Kiideva_(Sinalepa)_vallavalitsus, lk 25
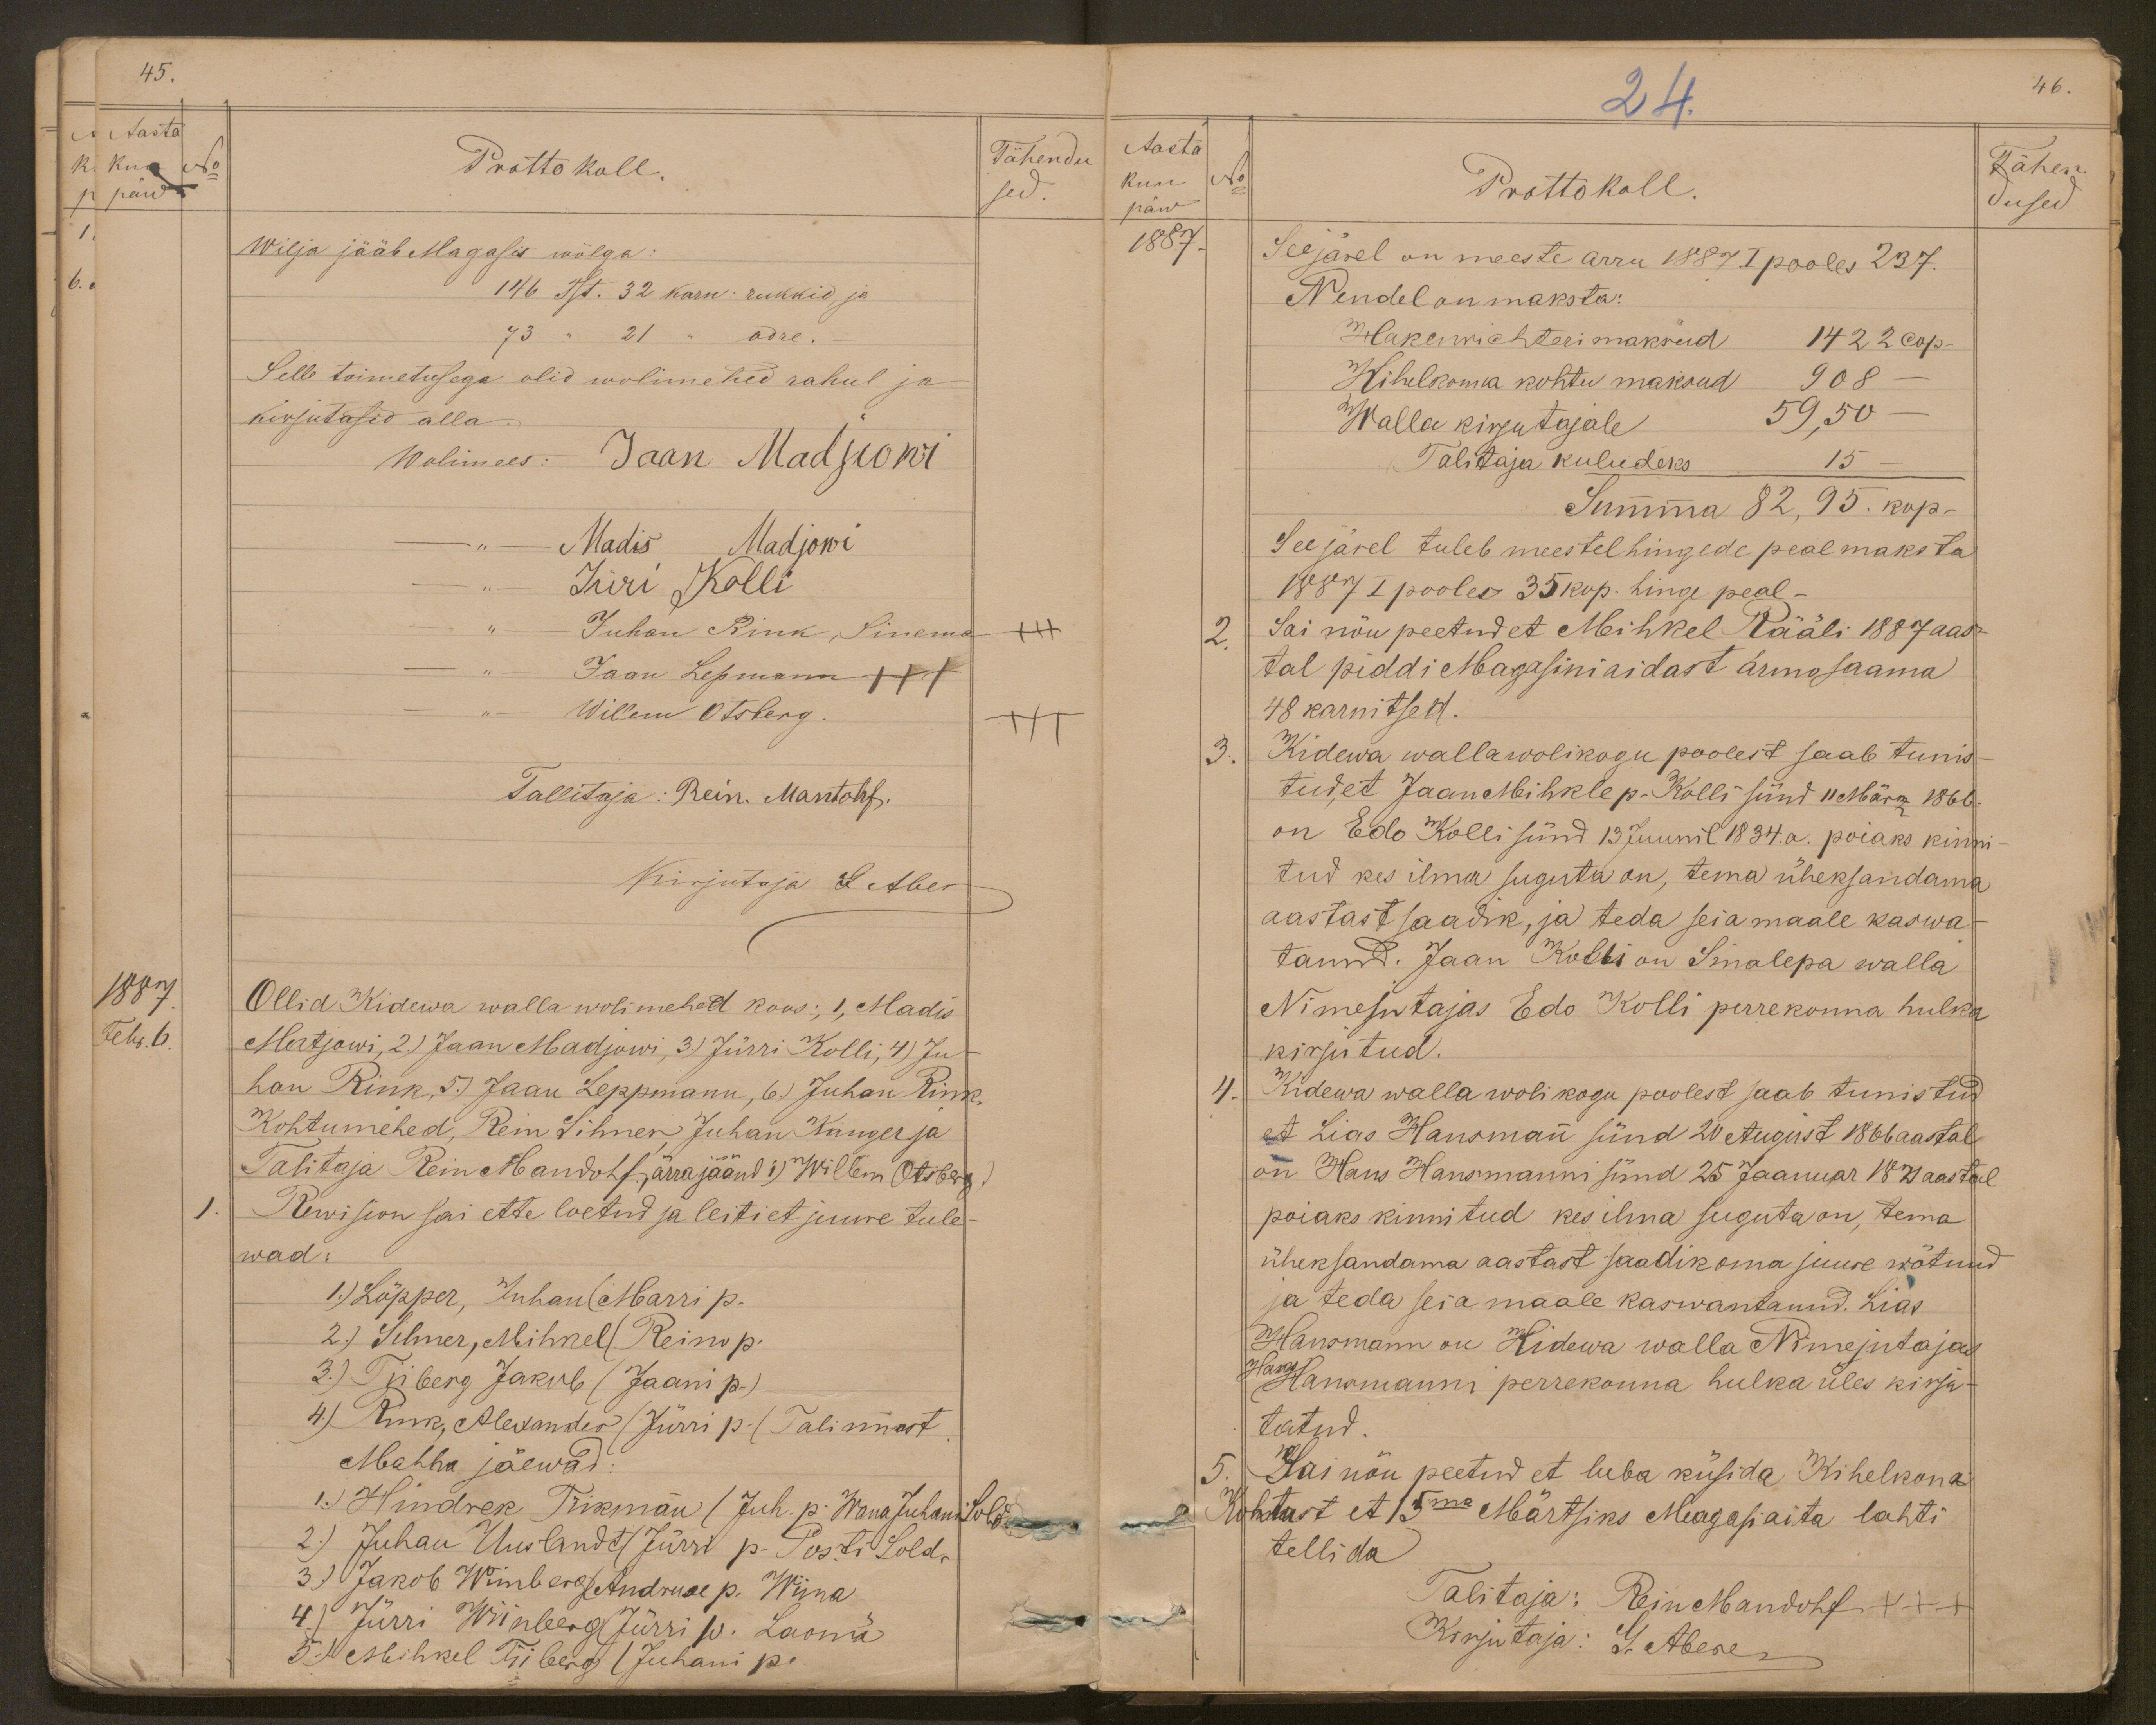
45.
Aasta
kuu
No
Tähendu
päew
Prottokoll.
sed.
Wilja jääb Magasis wõlga:
146 Tst. 32 karn: rukkid, ja
73 " 21 " odre.
Selle toimetusega olid wolimehed rahul ja
kirjutasid alla
Wolimees: Jaan Madjowi
Madis Madjowi
Jüri Kolli
Juhan Rink, Sinema
XXX
Jaan Lepmann XXX
Willem Otsberg.
+++
Tallitaja: Rein. Mantohf.
Kirjutaja G Aber
1887
Ollid Kidewa walla wolimehed koos:, 1, Madis
Febr. 6.
Matjowi, 2) Jaan Madjowi, 3) Jürri Kolli, 4) Ju-
han Rink, 5.) Jaan Leppmann, 6) Juhan Rink
Kohtumehed, Rein Silmer, Juhan Kanger ja
Talitaja Rein Mandohf, ärra jäänd 1) Willem Otsberg
Rewision sai ette loetud ja leiti et juure tule-
wad:
1.) Löpper, Juhan (Marri p.
2.) Silmer, Mihkel (Reino p.
3.) Tiiberg Jakub (Jaani p.)
4) Rink, Alexander (Jürri p. (Tallinnast
Mahha jäewad:
1.) Hindrek Tiikmann (Juh. p. Wana Juhani Sold.
2) Juhan Uuslandt Jürri p. Posti Sold.
3) Jakob Wiinberg Andruse p. Wiina
4) Jürri Wiinberg Jürrik p Laomä
5.) Mihkel Tiibert (Juhani p.

24.
46.
Aasta
kuu
No
Prottokoll.
Tähen
päw
dused
1887.
Seejärel on meeste arw 1887 I pooles 237.
Nendel on maksta:
Hakenrichteri maksud 1422 cop-
Kihelkonna kohtu maksud 908
Walla kirjutajale 59,50
Talitaja kuludeks 15
Summa 82,95. kop-
See järel tuleb meestel hingede peal maksta
1887 I pooles 35 kop. hing peal-
2.
Sai nõu peetud et Mihkel Rääli 1887 aas-
tal piddi Magasini aidast armo saama
48 karnitsed.
3.
Kidewa wallawolikogu poolest saab tunis-
tud, et Jaan Mihkle p. Kolli sünd 11 März 1866
on Edo Kolli sünd 13 Juunil 1834. a. poiaks kinni-
tud kes ilma suguta on, tema üheksandama
aastast saadik, ja teda seia maale kaswa-
tanud. Jaan Kolli on Sinalepa walla
Nimejutajas Edo Kolli perrekonna hulka
kirjutud.
4. Kidewa walla wolikogu poolest saab tunistud
et Lias Hansmann sünd 20 August 1866 aastal
on Hans Hansmanni sünd 25 Jaanuar 1821 aastal
poiaks kinnitud kes ilma suguta on, tema
üheksandama aastast saadik oma juure wõtnud
ja teda seia maale kaswantanud. Lias
Hansmann on Kidewa walla Nimejutajas
Hans Hansmanni perrekonna hulka üles kirju-
tatud.
5. Sai nõu peetud et luba küsida Kihelkona
Kohtust et 15ma Märtsiks Magasiaita lahti
tellida
Talitaja: Rein Mandohf +++
Kirjutaja: G. Aber